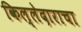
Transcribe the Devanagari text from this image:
किल्लेदाराचा